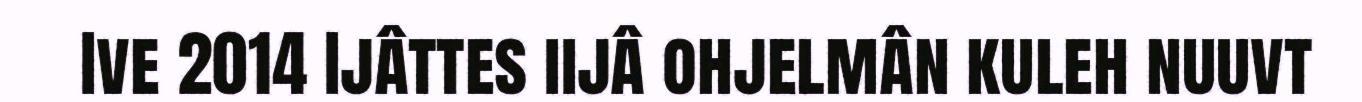
Ive 2014 Ijâttes iijâ ohjelmân kuleh nuuvt